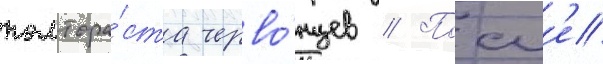
полтора́ста черво́нцев // Посл'е